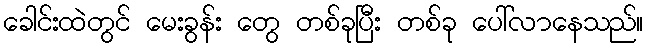
ခေါင်းထဲတွင် မေးခွန်း တွေ တစ်ခုပြီး တစ်ခု ပေါ်လာနေသည်။